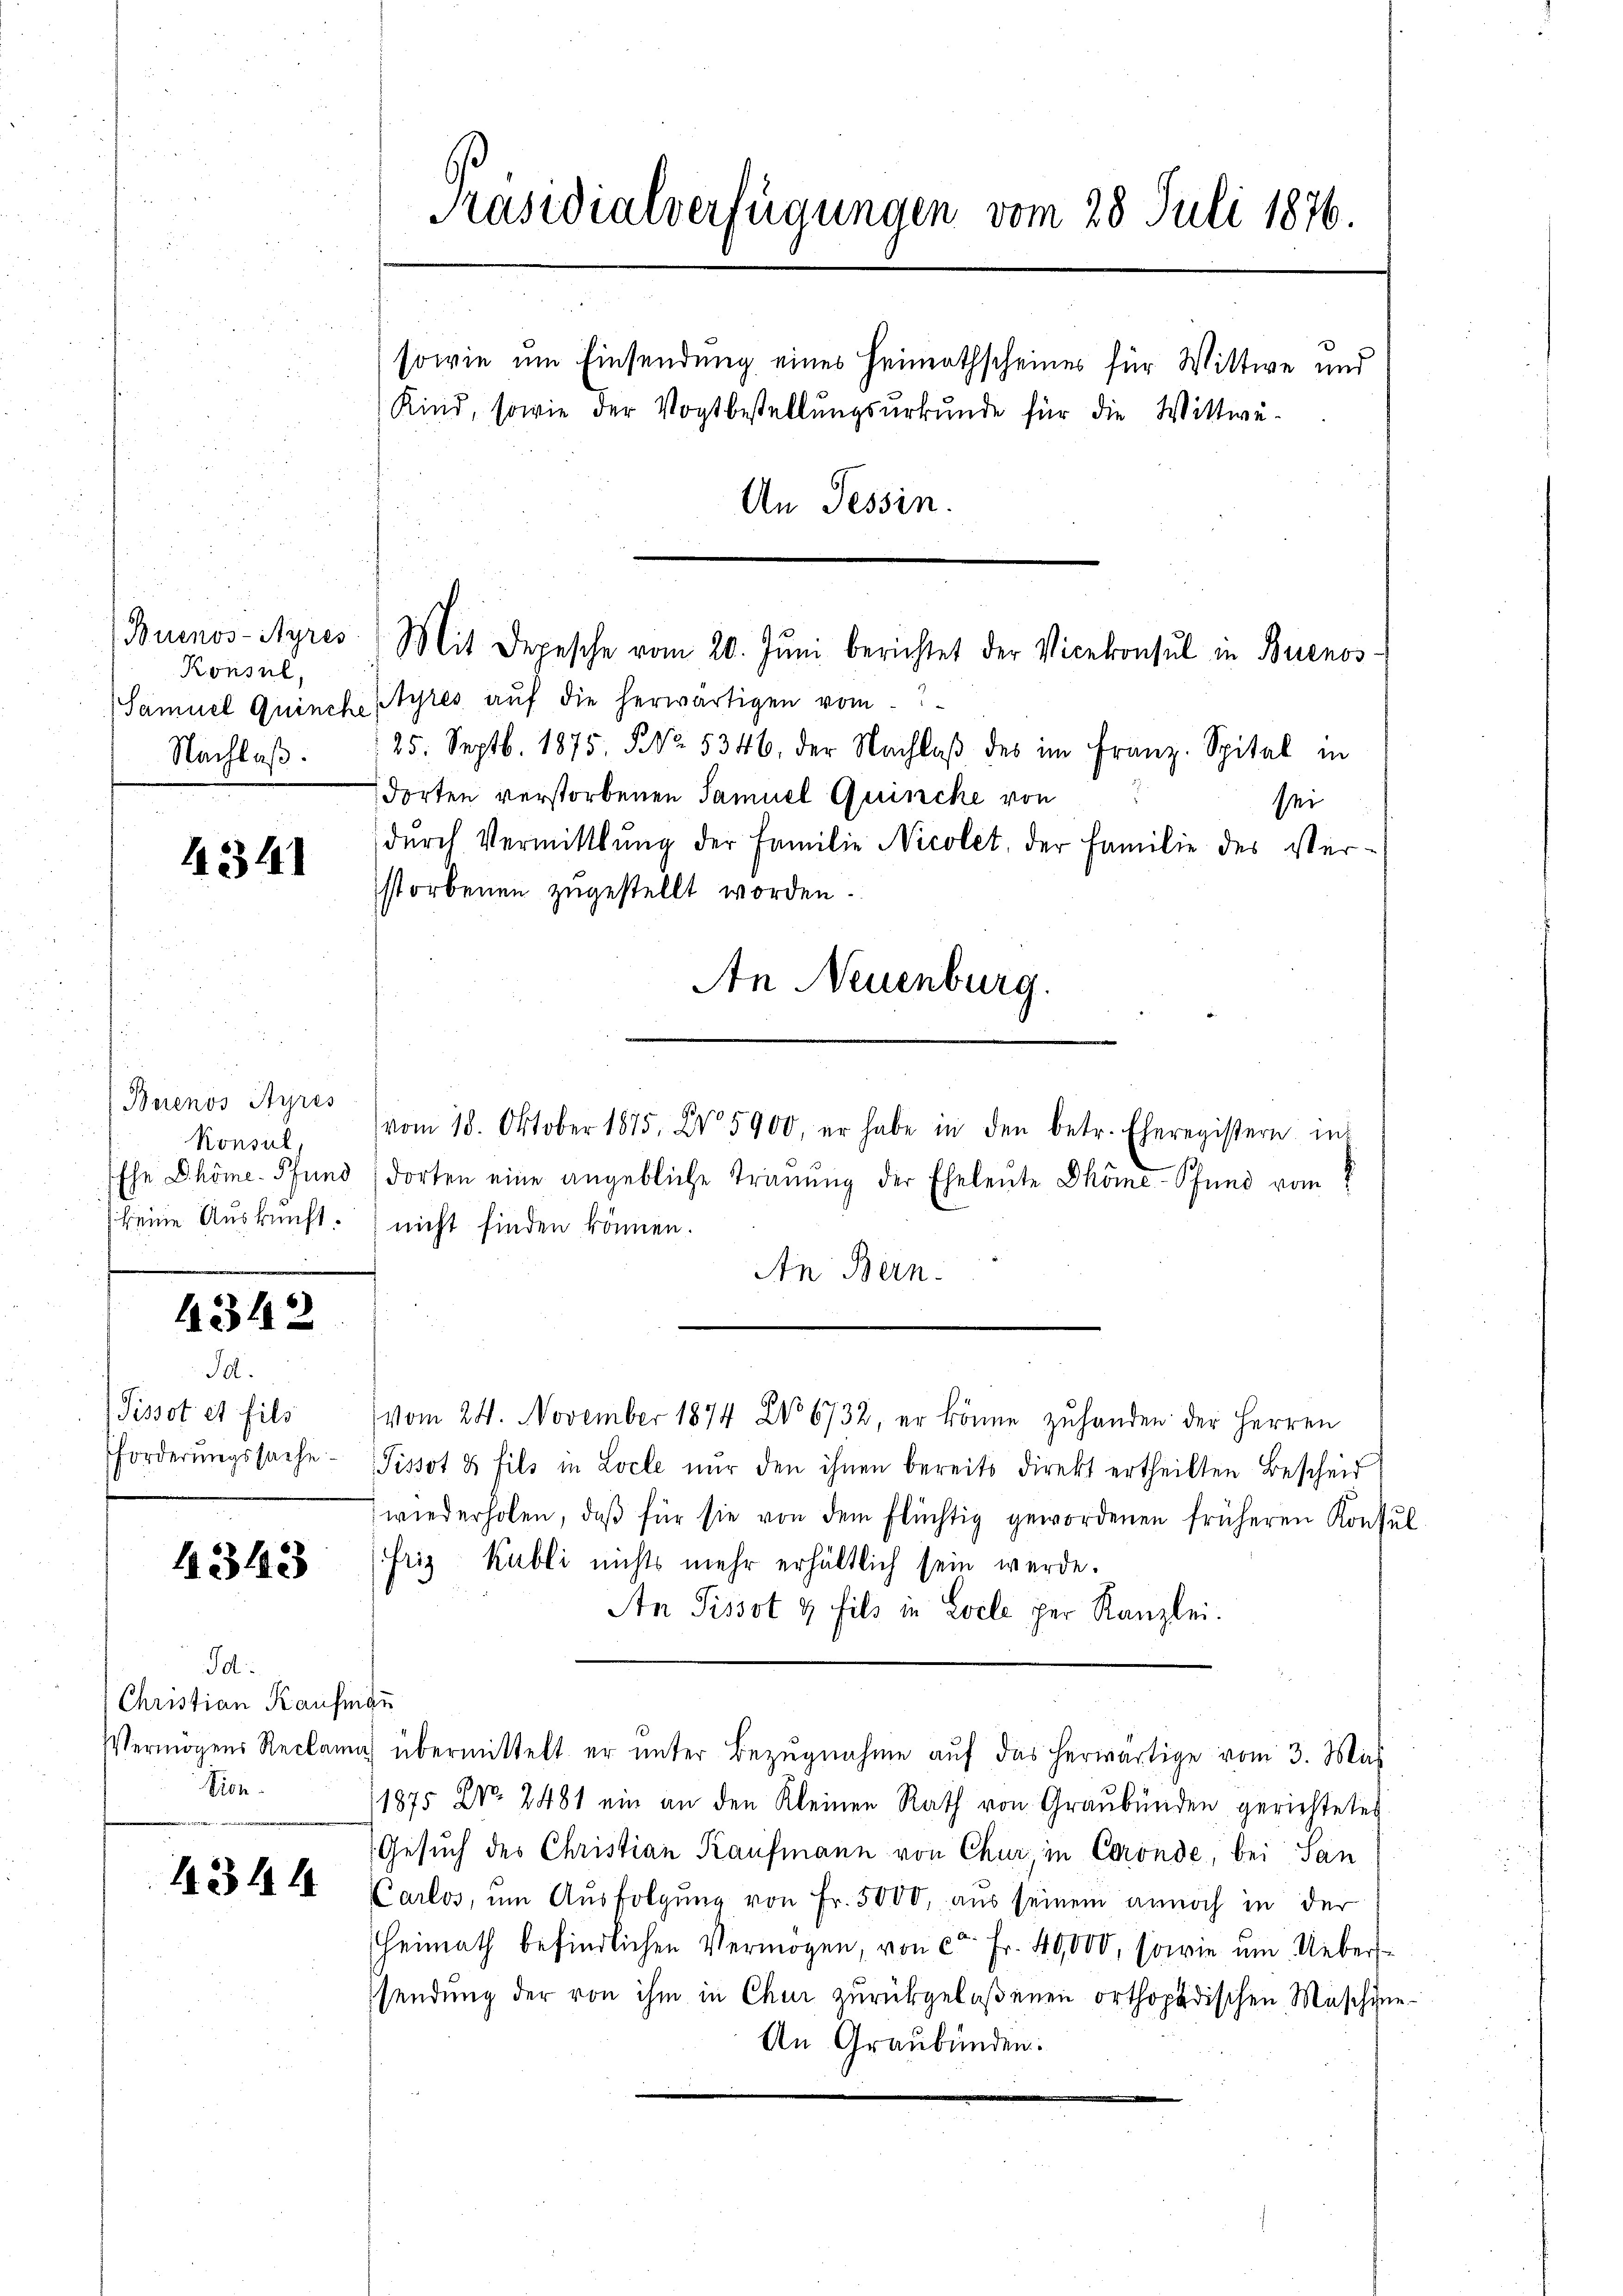
Buenos-Ayres
Konsul,
Samuel Quinch
Nachlaß.

43341

Buenos Ayres
Konsul,
Ehe Dhöme- Pfund
keine Auskunft.

4342

Id.
Pissot et fils
forderungssache

1343

Id:
Christian Kaufen
Vermögens Reclama
Vion.

4344

Präsidialverfügungen vom 28. Juli 1876.

sowie um Einsendung eines Heimathscheines für Wittwe und
Kind, sowie der Vogtbestellungsurkunde für die Wittwe-
An Tessin.

Pyres aŭf die herwärtigen vom
25. Septb. 1875. No. 5346, der Nachlaβ des im Franz. Spital in
dorten verstorbenen Samuel Quinche von
sei
dŭrch Vermittlung der Familie Nicolet, der Familie des Verstorbenen zugestellt worden.
An Neuenburg.
L
vom 18. Oktober 1875. No. 5900, er habe in den betr. Eheregistern in
dorten eine angebliche Trauung der Eheleute höme-Pfund vom 8
nicht finden können.
An Bern.
(vom 24. November 1874 No 6732, er könne zŭ handen der Herren
Tissot & fils in Locle nur den ihnen bereits direkt ertheilten Bescheid
wiederholen, daβ für sie von dem flüchtig gewordenen früheren Konsŭl
Friz Kubli nichts mehr erhältlich sein werde.
An Pissot & fils in Locle per Kanzlei.
e
übermittelt er unter Bezugnahme auf das herwärtige vom 3. Mai
1875 NNo. 2481 ein an den Kleinen Rath von Graubünden gerichtetes
Gesuch des Christian Kaufmann von Chur, in Coronde, bei San
Carlos, ŭm Aŭsfolgŭng von Fr. 5000, aus seinem annoch in der
Heimath befindlichen Vermögen, von ca Fr. 40,000, sowie um Ueberssendung der von ihm in Chur zurückgelaßenen orthopädischen Maschine-
An Graubünden:

Mit Depesche vom 20. Jŭni berichtet der Vicekonsul in Buenos